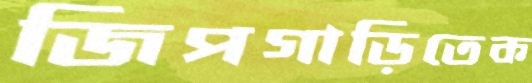
জিপগাড়িতেক